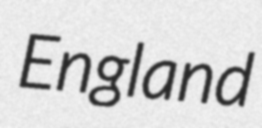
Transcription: England